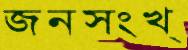
জনসংখ্